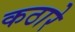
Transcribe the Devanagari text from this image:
कठारे